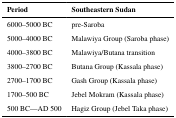
| Period | Southeastern Sudan |
 | --- | --- |
 | 6000–5000 BC | pre-Saroba |
 | 5000–4000 BC | Malawiya Group (Saroba phase) |
 | 4000–3800 BC | Malawiya/Butana transition |
 | 3800–2700 BC | Butana Group (Kassala phase) |
 | 2700–1700 BC | Gash Group (Kassala phase) |
 | 1700–500 BC | Jebel Mokram (Kassala phase) |
 | 500 BC—AD 500 | Hagiz Group (Jebel Taka phase) |